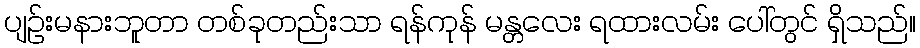
ပျဉ်းမနားဘူတာ တစ်ခုတည်းသာ ရန်ကုန် မန္တလေး ရထားလမ်း ပေါ်တွင် ရှိသည်။